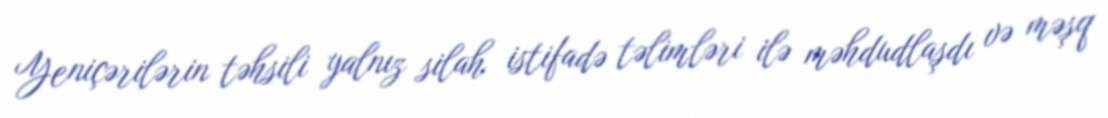
Yeniçərilərin təhsili yalnız silah istifadə təlimləri ilə məhdudlaşdı və məşq